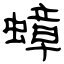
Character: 蟑